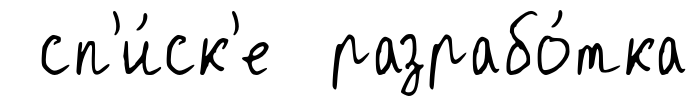
сп'и́ск'е разрабо́тка